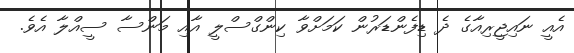
އެއީ ނައިޖީރިއާގެ ދެ ޑިފެންޑަރުން ކަމަށްވާ ކިންގްސްލީ އާއި މަންސާ ސީއްލާ އެވެ.